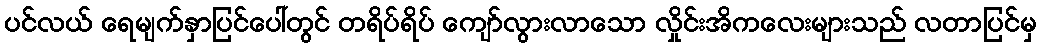
ပင်လယ် ရေမျက်နှာပြင်ပေါ်တွင် တရိပ်ရိပ် ကျော်လွားလာသော လှိုင်းအိကလေးများသည် လတာပြင်မှ